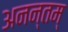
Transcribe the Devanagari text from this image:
अनन्तम्